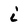
Character: i